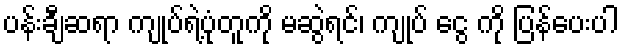
ပန်းချီဆရာ ကျုပ်ရဲ့ပုံတူကို မဆွဲရင်၊ ကျုပ် ငွေ ကို ပြန်ပေးပါ